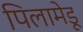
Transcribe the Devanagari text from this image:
पिलामेडू